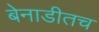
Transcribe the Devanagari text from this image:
बेनाडीतच